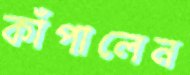
কাঁপালেন